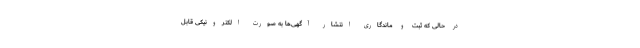
در حالی که ثبت و ماندگاری انتشار آگهی­‌ها به صورت الکترونیکی قابل